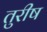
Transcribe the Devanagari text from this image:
तुरीष